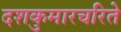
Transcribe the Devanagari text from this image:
दशकुमारचरिते